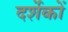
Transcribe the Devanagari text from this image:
दर्शेकों